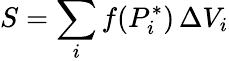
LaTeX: S=\sum_{i}f(P_{i}^{*})\, \Delta V_{i}